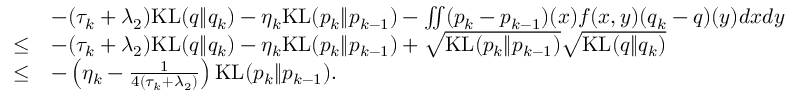
\begin{array} { r l } & { - ( \tau _ { k } + \lambda _ { 2 } ) \mathrm { K L } ( q \| q _ { k } ) - \eta _ { k } \mathrm { K L } ( p _ { k } \| p _ { k - 1 } ) - \iint ( p _ { k } - p _ { k - 1 } ) ( x ) f ( x , y ) ( q _ { k } - q ) ( y ) d x d y } \\ { \leq } & { - ( \tau _ { k } + \lambda _ { 2 } ) \mathrm { K L } ( q \| q _ { k } ) - \eta _ { k } \mathrm { K L } ( p _ { k } \| p _ { k - 1 } ) + \sqrt { \mathrm { K L } ( p _ { k } \| p _ { k - 1 } ) } \sqrt { \mathrm { K L } ( q \| q _ { k } ) } } \\ { \leq } & { - \left( \eta _ { k } - \frac { 1 } { 4 ( \tau _ { k } + \lambda _ { 2 } ) } \right) \mathrm { K L } ( p _ { k } \| p _ { k - 1 } ) . } \end{array}